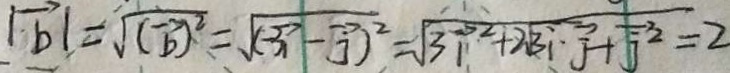
\vert \overrightarrow { b } \vert = \sqrt { ( \overrightarrow { b } ) ^ { 2 } } = \sqrt { ( \overrightarrow { x } ) - \overrightarrow { j } ) ^ { 2 } } = \sqrt { 3 \cdot \overrightarrow { p } ^ { 2 } + 2 \sqrt { k } \cdot \overrightarrow { j } + \sqrt { j } ^ { 2 } } = 2